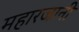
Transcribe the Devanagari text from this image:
महारजानी